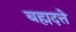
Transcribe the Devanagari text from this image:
बह्मदत्ते